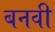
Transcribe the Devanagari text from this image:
बनवी